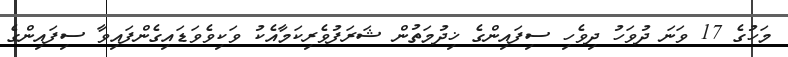
މަހުގެ 17 ވަނަ ދުވަހު ދިވެހި ސިފައިންގެ ޚިދުމަތުން ޝަރަފުވެރިކަމާއެކު ވަކިވެވަޑައިގެންފައިވާ ސިފައިންގެ